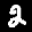
Label: 2